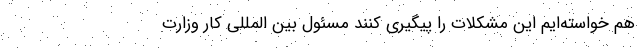
هم خواسته‌ایم این مشکلات را پیگیری کنند مسئول بین المللی کار وزارت